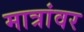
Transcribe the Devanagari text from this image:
मात्रांवर